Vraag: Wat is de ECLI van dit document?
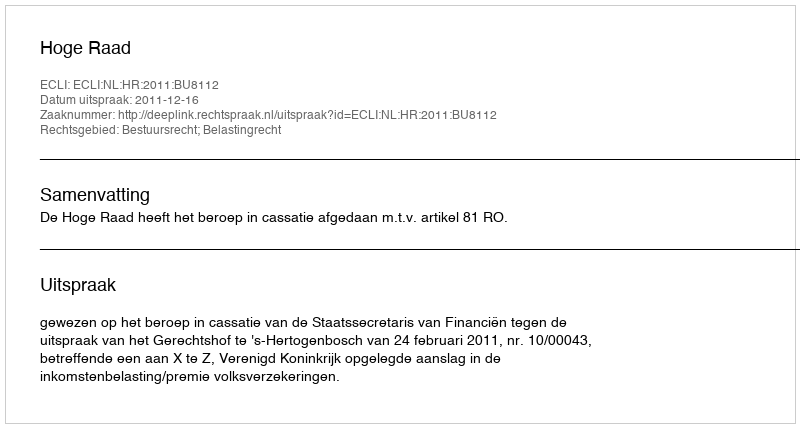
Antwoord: ECLI:NL:HR:2011:BU8112